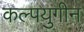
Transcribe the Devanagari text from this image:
कल्पयुगीन